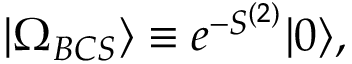
| \Omega _ { B C S } \rangle \equiv e ^ { - S ^ { ( 2 ) } } | 0 \rangle ,